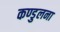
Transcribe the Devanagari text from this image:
कण्डुलना